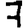
Digit: 7